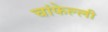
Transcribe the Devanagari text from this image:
चांफेल्ली